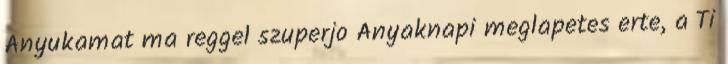
Anyukamat ma reggel szuperjo Anyaknapi meglapetes erte, a Ti